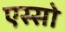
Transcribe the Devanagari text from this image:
एस्सो